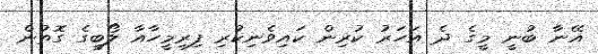
އޭނާ ބުނީ މީގެ ދެ އަހަރު ކުރިން ކައިވެނިކުރި ފިރިމީހާއާ ލޯބީގެ ގޮތުން